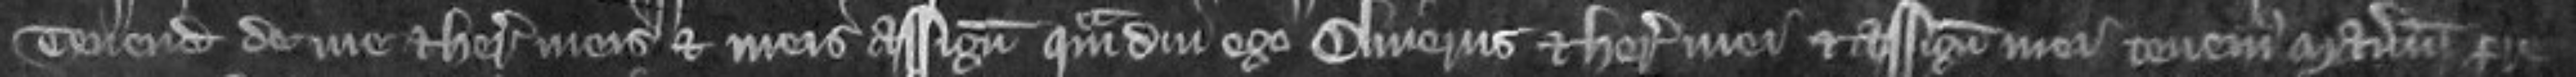
tenendum de me et heredibus meis et meis assignatis quam diu ego Oliverus et heredes mei et assignati mei tenemus manerium pre